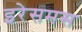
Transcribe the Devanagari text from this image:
इरेसमस